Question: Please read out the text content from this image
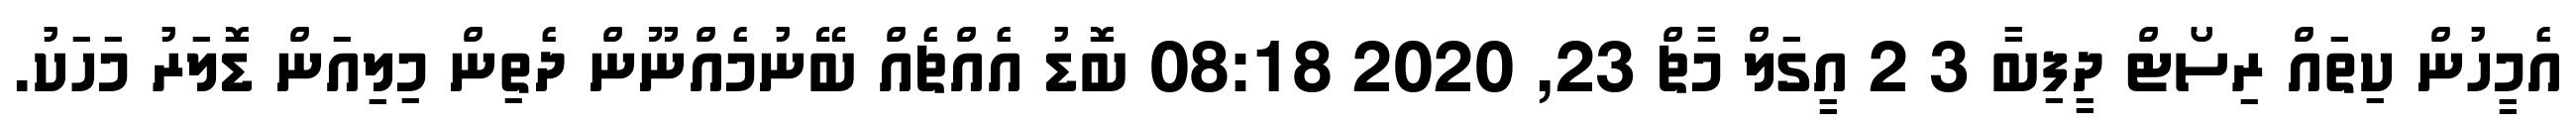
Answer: އެމީހުން ކިތައް ރިސޯޓް ދީފިބާ 3 2 އީގަލް މާޗް 23, 2020 08:18 ބޮޑު އެއްޗެއް ބޭނުމެއްނޫން ދެތިން މިލިއަން ޑޮލަރު މަހަކު.